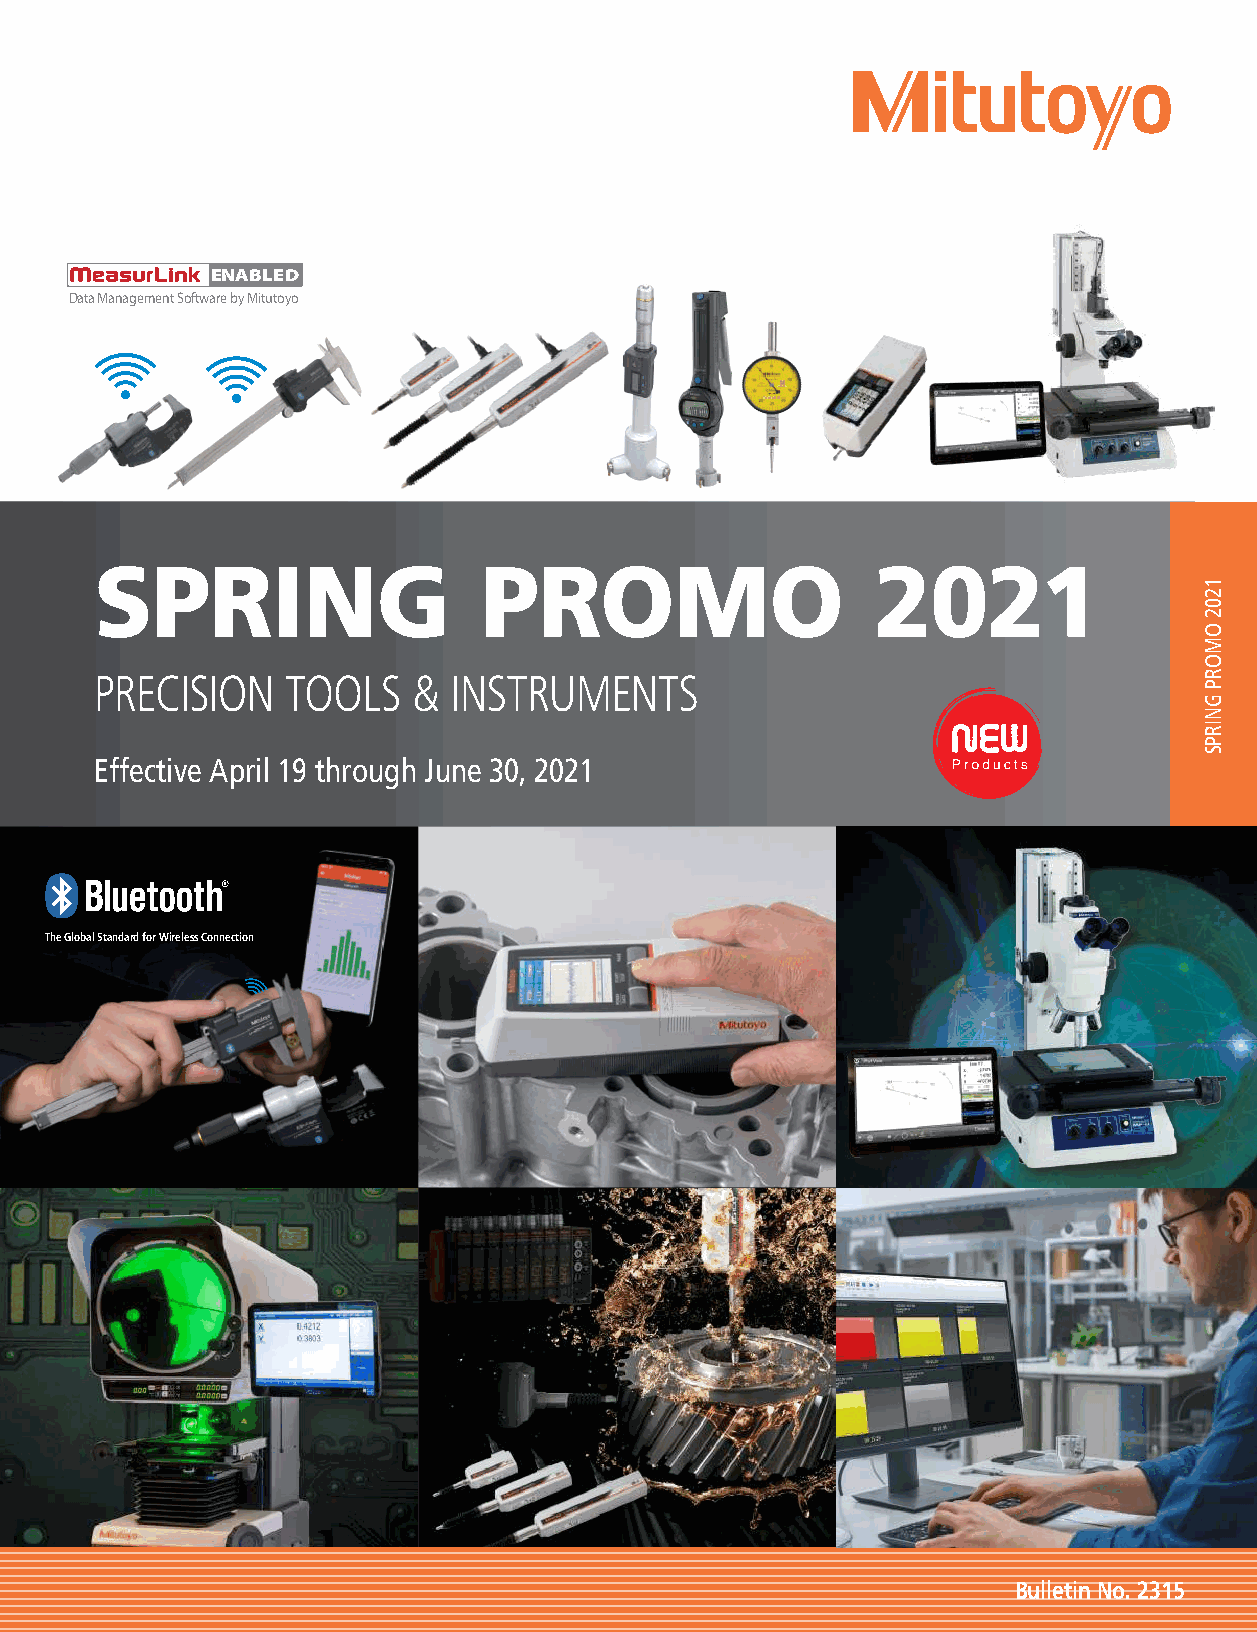
ENABLED
 Data Management Software by Mitutoyo
 SPRING                    PROMO                     2021
 PRECISION    TOOLS   &  INSTRUMENTS
 Effective April 19 through June 30, 2021
 The Global Standard for Wireless Connection
 Bulletin No. 2315
 1202
 OMORP
 GNIRPS